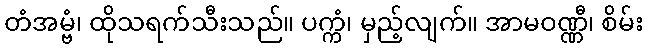
တံအမ္ဗံ၊ ထိုသရက်သီးသည်။ ပက္ကံ၊ မှည့်လျက်။ အာမဝဏ္ဏီ၊ စိမ်း